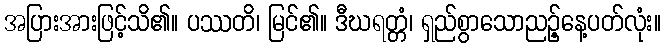
အပြားအားဖြင့်သိ၏။ ပဿတိ၊ မြင်၏။ ဒီဃရတ္တံ၊ ရှည်စွာသောညဉ့်နေ့ပတ်လုံး။